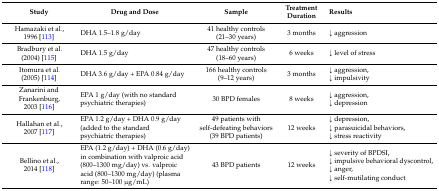
| Study | Drug and Dose | Sample | Treatment Duration | Results |
 | --- | --- | --- | --- | --- |
 | Hamazaki et al., 1996 [113] | DHA 1.5–1.8 g/day | 41 healthy controls (21–30 years) | 3 months | ↓ aggression |
 | Bradbury et al. (2004) [115] | DHA 1.5 g/day | 47 healthy controls (18–60 years) | 6 weeks | ↓ level of stress |
 | Itomura et al. (2005) [114] | DHA 3.6 g/day + EPA 0.84 g/day | 166 healthy controls (9–12 years) | 3 months | ↓ aggression, ↓ impulsivity |
 | Zanarini and Frankenburg, 2003 [116] | EPA 1 g/day (with no standard psychiatric therapies) | 30 BPD females | 8 weeks | ↓ aggression, ↓ depression |
 | Hallahan et al., 2007 [117] | EPA 1.2 g/day + DHA 0.9 g/day (added to the standard psychiatric therapies) | 49 patients with self-defeating behaviors (39 BPD patients) | 12 weeks | ↓ depression, ↓ parasuicidal behaviors, ↓ stress reactivity |
 | Bellino et al., 2014 [118] | EPA (1.2 g/day) + DHA (0.6 g/day) in combination with valproic acid (800–1300 mg/day) vs. valproic acid (800–1300 mg/day) (plasma range: 50–100 μg/mL) | 43 BPD patients | 12 weeks | ↓ severity of BPDSI, ↓ impulsive behavioral dyscontrol, ↓ anger, ↓ self-mutilating conduct |